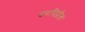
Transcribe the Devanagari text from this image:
दरपिढीला